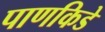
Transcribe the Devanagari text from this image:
पाणकिडे